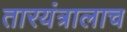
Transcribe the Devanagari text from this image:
तारयंत्रालाच